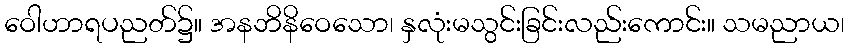
ဝေါဟာရပညတ်၌။ အနဘိနိဝေသော၊ နှလုံးမသွင်းခြင်းလည်းကောင်း။ သမညာယ၊